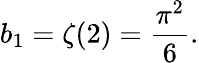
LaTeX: b_{1}=\zeta(2)=\frac{\pi^{2}}{6}.